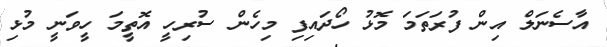
އާސެނަލް އިން ފުރަތަމަ މޮޅު ހޯދައިފި މިހެން ސުރިހީ އޮތީމަ ހީވަނީ މުޅި